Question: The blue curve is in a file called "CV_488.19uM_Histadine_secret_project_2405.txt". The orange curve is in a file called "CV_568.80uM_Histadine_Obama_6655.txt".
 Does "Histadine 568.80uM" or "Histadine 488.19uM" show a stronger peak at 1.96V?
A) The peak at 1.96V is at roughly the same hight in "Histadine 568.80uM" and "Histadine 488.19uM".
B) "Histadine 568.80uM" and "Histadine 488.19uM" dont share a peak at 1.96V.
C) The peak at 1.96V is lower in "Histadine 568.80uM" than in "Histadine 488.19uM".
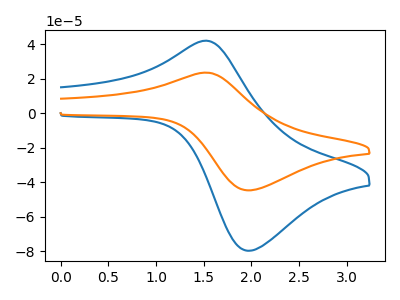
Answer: <think>The blue curve "Histadine 488.19uM" has an anodic peak at (1.50V, 42.00uA) and a cathodic peak at (1.95V, -79.65uA). The orange curve "Histadine 568.80uM" has an anodic peak at (1.50V, 23.55uA) and a cathodic peak at (1.95V, -44.65uA).</think>
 <answer>C) The peak at 1.96V is lower in "Histadine 568.80uM" than in "Histadine 488.19uM".</answer>
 <eval>C</eval>